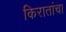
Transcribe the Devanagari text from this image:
किरातांचा